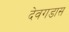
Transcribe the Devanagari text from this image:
देवगडास